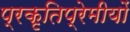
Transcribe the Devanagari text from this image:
प्रकृतिप्रेमीयों